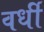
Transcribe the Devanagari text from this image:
वर्धी